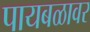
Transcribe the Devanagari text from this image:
पायबळावर